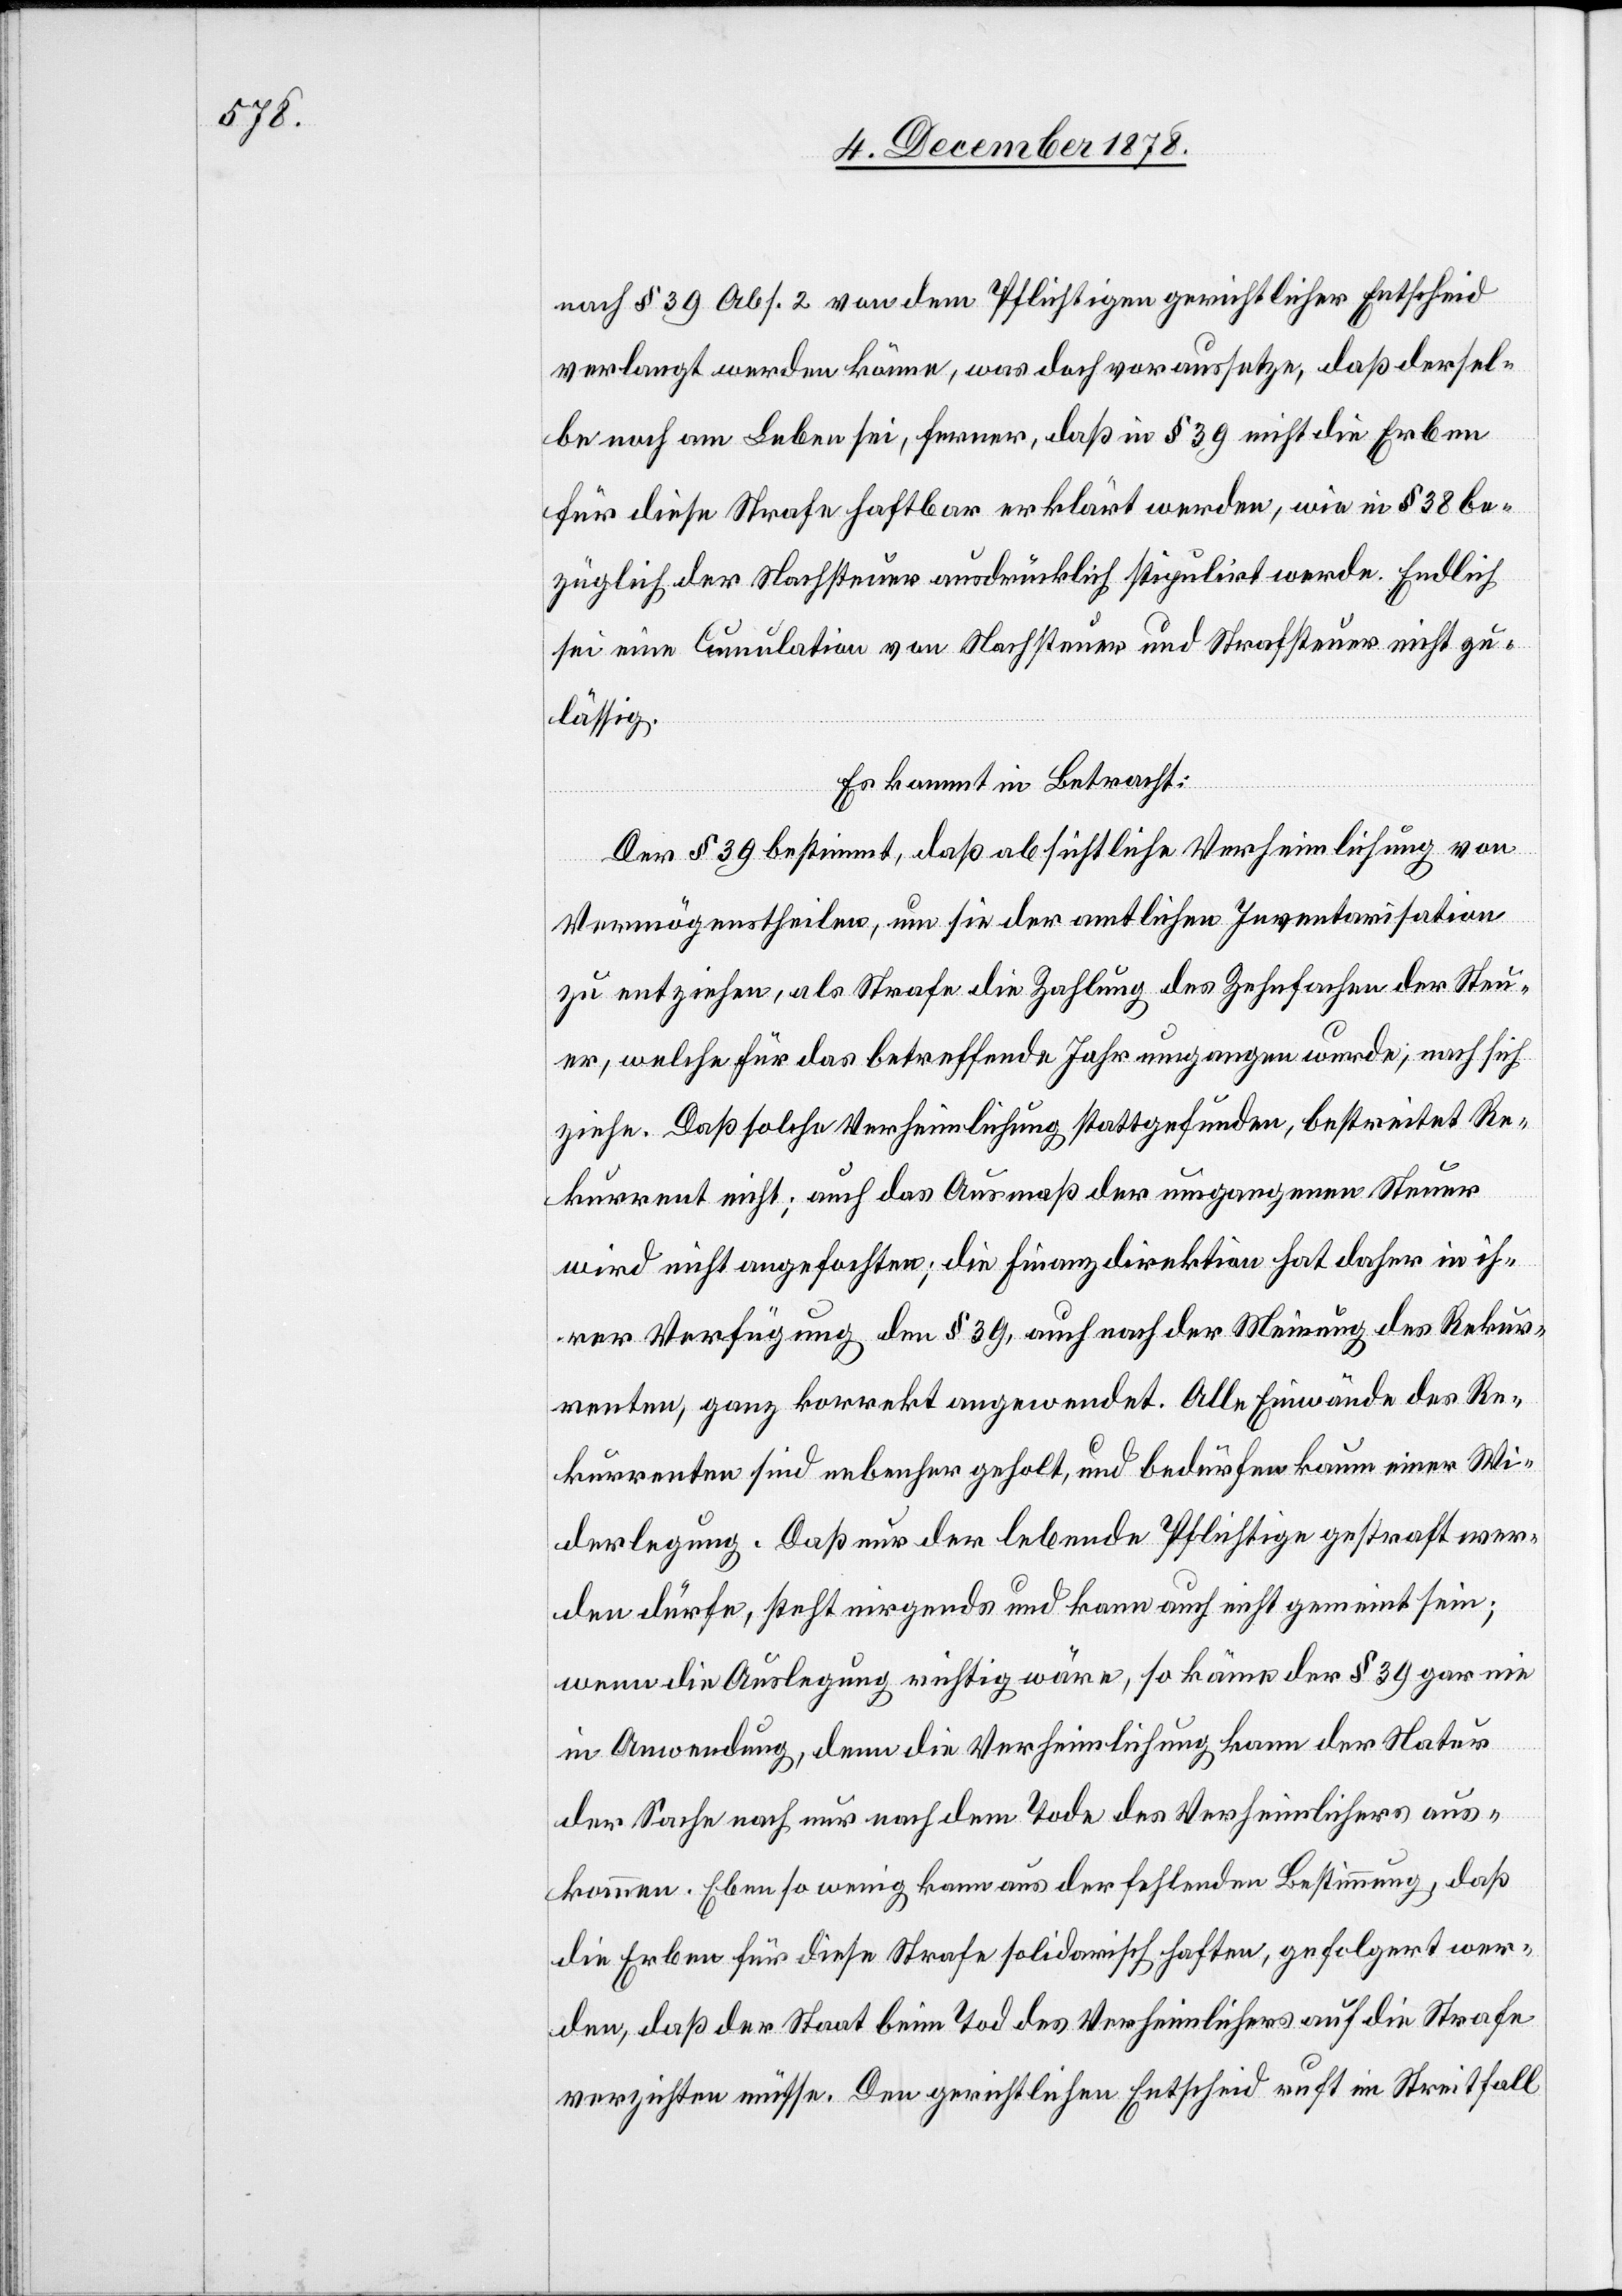
nach § 39 Abs. 2 von dem Pflichtigen gerichtlicher Entscheid
verlangt werden könne, was doch voraussetze, daß dersel¬
be noch am Leben sei, ferner, daß in § 39 nicht die Erben
für diese Strafe haftbar erklärt werden, wie in § 38 be¬
züglich der Nachsteuer ausdrücklich stipulirt werde. Endlich
sei eine Cumulation von Nachsteuer und Strafsteuer nicht zu¬
lässig.
Es kommt in Betracht:
Der § 39 bestimmt, daß absichtliche Verheimlichung von
Vermögenstheilen, um sie der amtlichen Inventarisation
zu entziehen, als Strafe die Zahlung des Zehnfachen der Steu¬
er, welche für das betreffende Jahr umgangen wurde; nach sich
ziehe. Daß solche Verheimlichung stattgefunden, bestreitet Re¬
kurrent nicht; auch das Ausmaß der umgangenen Steuer
wird nicht angefochten; die Finanzdirektion hat daher in ih¬
rer Verfügung den § 39, auch nach der Meinung des Rekur¬
renten, ganz korrekt angewendet. Alle Einwände des Re¬
kurrenten sind nebenher geholt, und bedürfen kaum einer Wi¬
derlegung. Das nur der lebende Pflichtige gestraft wer¬
den dürfe, steht nirgends und kann auch nicht gemeint sein;
wenn die Auslegung richtig wäre, so käme der § 39 gar nie
in Anwendung, denn die Verheimlichung kann der Natur
der Sache nach nur nach dem Tode des Verheimlichers aus¬
kommen. Eben so wenig kann aus der fehlenden Bestimmung, daß
die Erben für diese Strafe solidarisch haften, gefolgert wer¬
den, daß der Staat beim Tod des Verheimlichers auf die Strafe
verzichten müsse. Den gerichtlichen Entscheid ruft im Streitfall